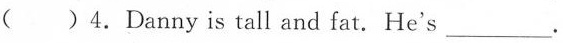
( )4.Danny is tall and fat. He's ___.